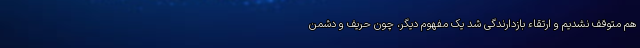
هم متوقف نشدیم و ارتقاء بازدارندگی شد یک مفهوم دیگر، چون حریف و دشمن